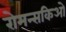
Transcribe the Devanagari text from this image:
रोमन्सकिओ